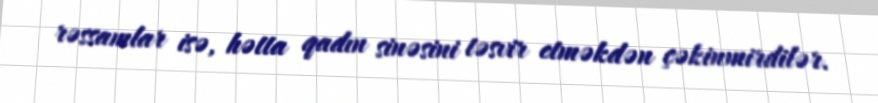
rəssamlar isə, hətta qadın sinəsini təsvir etməkdən çəkinmirdilər.